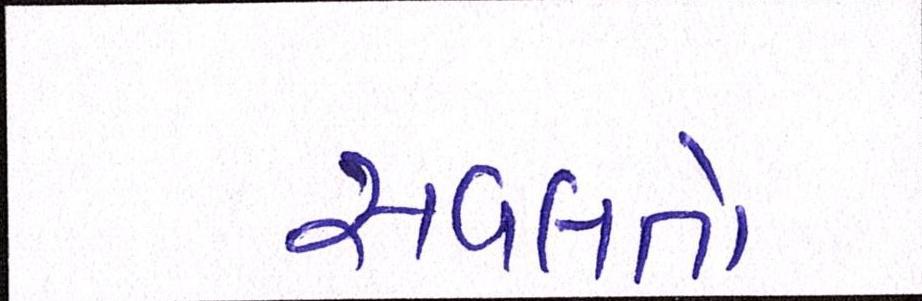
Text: સવલતો